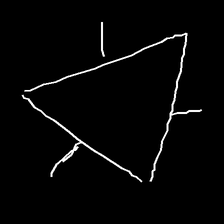
Glyph: fire